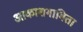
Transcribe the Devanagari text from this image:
आकाशगामिता